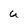
Character: U